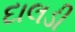
દાલડી